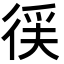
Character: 𭛳